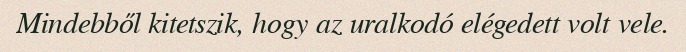
Mindebből kitetszik, hogy az uralkodó elégedett volt vele.